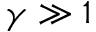
\gamma \gg 1